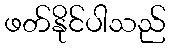
ဖတ်နိုင်ပါသည်